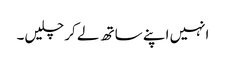
انہیں اپنے ساتھ لے کر چلیں۔